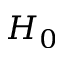
H _ { 0 }